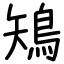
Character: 鴙